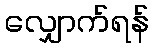
လျှောက်ရန်